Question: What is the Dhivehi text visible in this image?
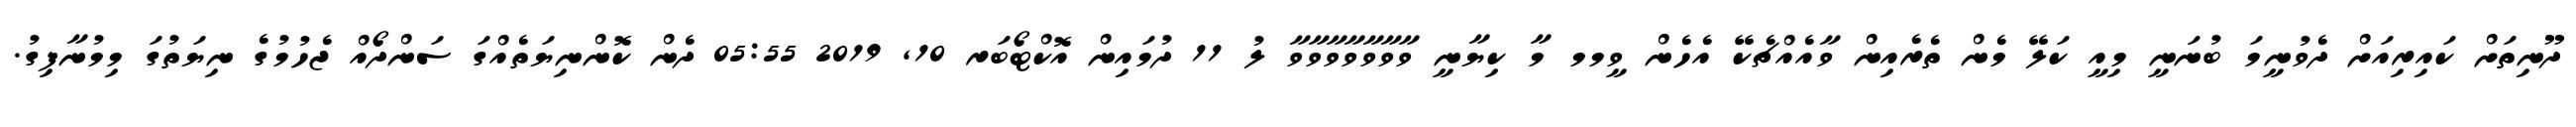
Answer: ދޫނިތަށް ކައިރިއަށް ދެވުނީމަ ބުނަނީ މިއީ ކަލޭ މެން ތެރެއިން ވާއެއްޗެކޭ އެހެން ވީމމ މާ ކިޔާނީ ވާވާވާވާވާވާވާ ލު 11 ދުމައިން އޮކްޓޯބަރ 10, 2019 05:55 ދެން ކޮންނިޔަތެއްގަ ސަންދޯއް ޖެހުމުގެ ނިޔަތުގަ މިމުނާފިގު.